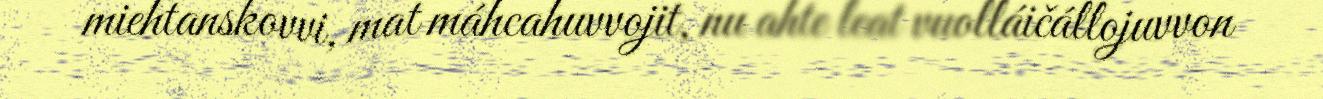
miehtanskovvi, mat máhcahuvvojit, nu ahte leat vuolláičállojuvvon